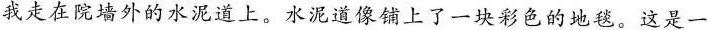
我走在院墙外的水泥道上。水泥道像铺上了一块彩色的地毯。这是一